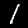
Digit: 1